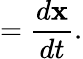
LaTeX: ={\frac{d\mathbf{x}}{dt}}.